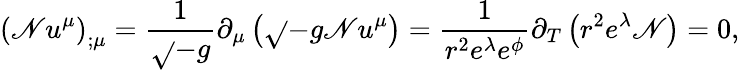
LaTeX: \left(\mathscr{N}u^{\mu}\right)_{;\mu}=\frac{{1}}{{\sqrt{}{{-g}}}}\partial_{\mu}\left(\sqrt{}{{-g}}\mathscr{N}u^{\mu}\right)=\frac{{1}}{{r^{2}e^{\lambda}e^{\phi}}}\partial_{T}\left(r^{2}e^{\lambda}\mathscr{N}\right)=0,